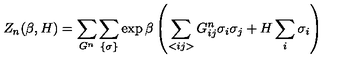
Z _ { n } ( \beta , H ) = \sum _ { G ^ { n } } \sum _ { \{ \sigma \} } \exp \beta \left( \sum _ { < i j > } G _ { i j } ^ { n } \sigma _ { i } \sigma _ { j } + H \sum _ { i } \sigma _ { i } \right)